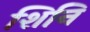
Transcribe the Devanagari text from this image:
शिनि